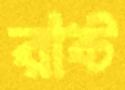
রাষ্ট